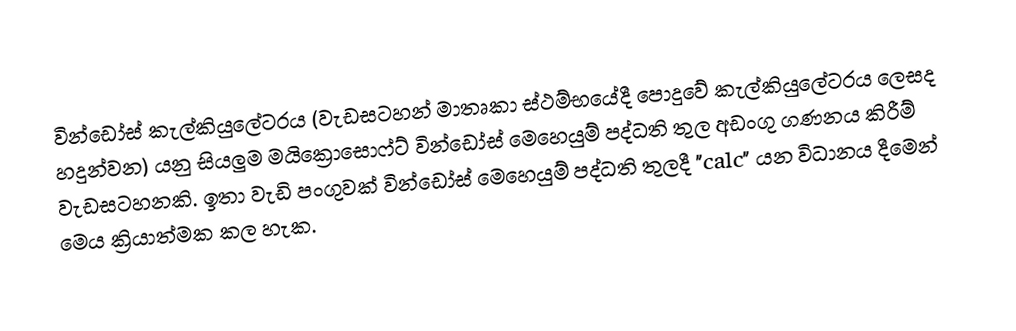
වින්ඩෝස් කැල්කියුලේටරය (වැඩසටහන් මාතෘකා ස්ථම්භයේදී පොදුවේ කැල්කියුලේටරය ලෙසද හදුන්වන) යනු සියලුම මයික්‍රොසොෆ්ට් වින්ඩෝස් මෙහෙයුම් පද්ධති තුල අඩංගු ගණනය කිරීම් වැඩසටහනකි. ඉතා වැඩි පංගුවක් වින්ඩෝස් මෙහෙයුම් පද්ධති තුලදී "calc" යන විධානය දීමෙන් මෙය ක්‍රියාත්මක කල හැක.